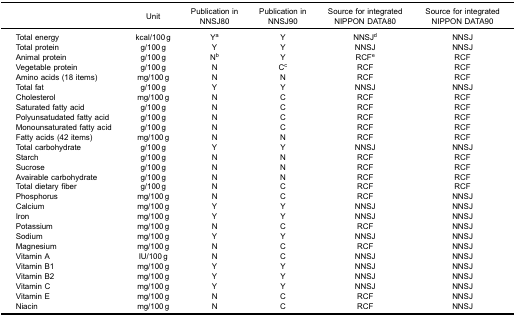
<table><thead><tr><td><b> </b></td><td><b>Unit</b></td><td><b>Publication inNNSJ80</b></td><td><b>Publication inNNSJ90</b></td><td><b>Source for integratedNIPPON DATA80</b></td><td><b>Source for integratedNIPPON DATA90</b></td></tr></thead><tbody><tr><td>Total energy</td><td>kcal/100 g</td><td>Y<sup>a</sup></td><td>Y</td><td>NNSJ<sup>d</sup></td><td>NNSJ</td></tr><tr><td>Total protein</td><td>g/100 g</td><td>Y</td><td>Y</td><td>NNSJ</td><td>NNSJ</td></tr><tr><td>Animal protein</td><td>g/100 g</td><td>N<sup>b</sup></td><td>Y</td><td>RCF<sup>e</sup></td><td>RCF</td></tr><tr><td>Vegetable protein</td><td>g/100 g</td><td>N</td><td>C<sup>c</sup></td><td>RCF</td><td>RCF</td></tr><tr><td>Amino acids (18 items)</td><td>mg/100 g</td><td>N</td><td>N</td><td>RCF</td><td>RCF</td></tr><tr><td>Total fat</td><td>g/100 g</td><td>Y</td><td>Y</td><td>NNSJ</td><td>NNSJ</td></tr><tr><td>Cholesterol</td><td>mg/100 g</td><td>N</td><td>C</td><td>RCF</td><td>RCF</td></tr><tr><td>Saturated fatty acid</td><td>g/100 g</td><td>N</td><td>C</td><td>RCF</td><td>RCF</td></tr><tr><td>Polyunsatudated fatty acid</td><td>g/100 g</td><td>N</td><td>C</td><td>RCF</td><td>RCF</td></tr><tr><td>Monounsaturated fatty acid</td><td>g/100 g</td><td>N</td><td>C</td><td>RCF</td><td>RCF</td></tr><tr><td>Fatty acids (42 items)</td><td>mg/100 g</td><td>N</td><td>N</td><td>RCF</td><td>RCF</td></tr><tr><td>Total carbohydrate</td><td>g/100 g</td><td>Y</td><td>Y</td><td>NNSJ</td><td>NNSJ</td></tr><tr><td>Starch</td><td>g/100 g</td><td>N</td><td>N</td><td>RCF</td><td>RCF</td></tr><tr><td>Sucrose</td><td>g/100 g</td><td>N</td><td>N</td><td>RCF</td><td>RCF</td></tr><tr><td>Avairable carbohydrate</td><td>g/100 g</td><td>N</td><td>N</td><td>RCF</td><td>RCF</td></tr><tr><td>Total dietary fiber</td><td>g/100 g</td><td>N</td><td>C</td><td>RCF</td><td>RCF</td></tr><tr><td>Phosphorus</td><td>mg/100 g</td><td>N</td><td>C</td><td>RCF</td><td>NNSJ</td></tr><tr><td>Calcium</td><td>mg/100 g</td><td>Y</td><td>Y</td><td>NNSJ</td><td>NNSJ</td></tr><tr><td>Iron</td><td>mg/100 g</td><td>Y</td><td>Y</td><td>NNSJ</td><td>NNSJ</td></tr><tr><td>Potassium</td><td>mg/100 g</td><td>N</td><td>C</td><td>RCF</td><td>NNSJ</td></tr><tr><td>Sodium</td><td>mg/100 g</td><td>Y</td><td>Y</td><td>NNSJ</td><td>NNSJ</td></tr><tr><td>Magnesium</td><td>mg/100 g</td><td>N</td><td>C</td><td>RCF</td><td>NNSJ</td></tr><tr><td>Vitamin A</td><td>IU/100 g</td><td>N</td><td>C</td><td>NNSJ</td><td>NNSJ</td></tr><tr><td>Vitamin B1</td><td>mg/100 g</td><td>Y</td><td>Y</td><td>NNSJ</td><td>NNSJ</td></tr><tr><td>Vitamin B2</td><td>mg/100 g</td><td>Y</td><td>Y</td><td>NNSJ</td><td>NNSJ</td></tr><tr><td>Vitamin C</td><td>mg/100 g</td><td>Y</td><td>Y</td><td>NNSJ</td><td>NNSJ</td></tr><tr><td>Vitamin E</td><td>mg/100 g</td><td>N</td><td>C</td><td>RCF</td><td>NNSJ</td></tr><tr><td>Niacin</td><td>mg/100 g</td><td>N</td><td>C</td><td>RCF</td><td>NNSJ</td></tr></tbody></table>